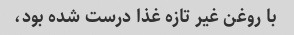
با روغن غیر تازه غذا درست شده بود،